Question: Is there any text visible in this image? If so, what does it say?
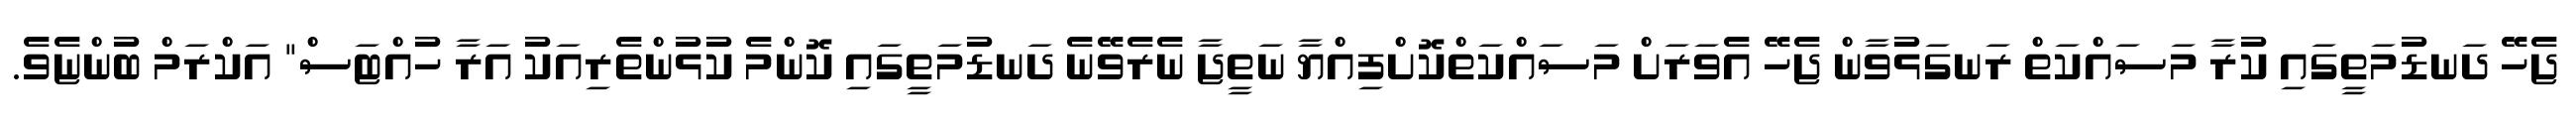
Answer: ޖެހޭ ދަނޑުމަތީގައި ކުރާ މަސައްކަތް ރަނގަޅުވާން ޖެހޭ އެވަރަށް މަސައްކަތްކޮށްފިއްޔާ ނަތީޖާ ނެރެވޭނެ ދަނޑުމަތީގައި ކޮންމެ ކުޅުންތެރިއަކު އަރާ ހުއްޓަސް" އަކްރަމް ބުންޏެވެ.